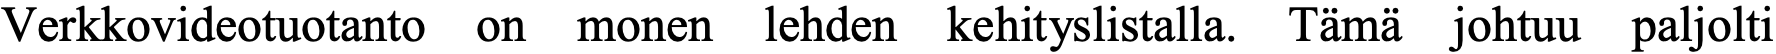
Verkkovideotuotanto on monen lehden kehityslistalla. Tämä johtuu paljolti